Report of the Indian Hemp Drugs Commission, 1894-1895 - Volume VII
Year: 1894
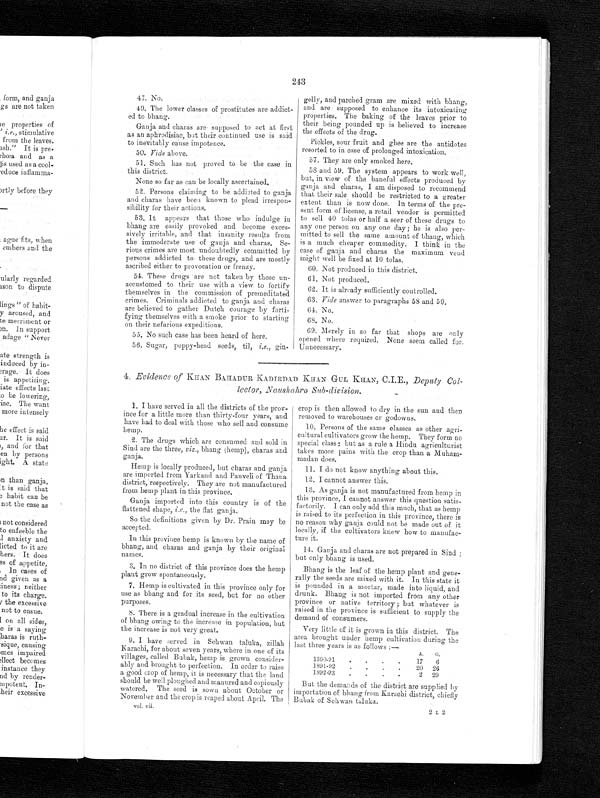
243
47. No.
49, The lower classes of prostitutes are addict-
ed to bhang.
Ganja and charas are supposed to act at first
as an aphrodisiac, but their continued Use is said
to inevitably cause impotence.
50. Vide above.
51. Such has not proved to be the case in
this district.
None so far as can be locally ascertained.
52. Persons claiming to be addicted to ganja
and charas have been known to plead. irrespon-
sibility for their actions.
53. It appears that those who indulge in
bhang are easily provoked and become exces-
sively irritable, and that insanity results from
the immoderate use of ganja and charas. Se-
rious crimes are most undoubtedly committed by
persons addicted to. these drugs, and are mostly
ascribed either to provocation or frenzy.
54. These drugs are not taken by those un-
accustomed to their use with a view. to fortify
themselves in the commission of premeditated
crimes. Criminals addicted to ganja and chorus
are believed to gather Dutch courage by forti-
fying themselves with a smoke prior to starting
on their nefarious expeditions.
55. No such case has been heard of here.
56. Sugar, poppy-head seeds, til, i.e., gin-
gelly, and parched gram are mixed with bhang,
and are supposed to enhance its intoxicating
properties. The baking of the leaves prior to
their being pounded up is believed to. increase
the.effects of the drug.
Pickles, sour fruit and ghee are the antidotes
resorted to in case of prolonged intoxication.
52. They are only smoked here.
58 and 59. The system appears to work well,
but, in view of the baneful effects produced by
ganja and charas, I am disposed to recommend
that their sale should be restricted to a greater
extent than is now done. In terms of the pre-
sent form of license, a retail vendor is permitted
to sell 40 tolas or half a seer of these drugs to
any one person on any one day ; he is also per-
mitted to sell the same amount of bhang, which
is a much cheaper commodity. I think in the
case of ganja and charas the maximum vend
might well be fixed at 10 tolas.
60. Not produced in this district.
61. Not produced.
62. It is already sufficiently controlled.
63. Vide answer to paragraphs 58 and 59.
64. No.
68. No.
69. Merely iu so far that shops are only
opened where required. None seem called for.
Unnecessary.
4. Evidence of KHAN BAHADUR KADIRDAD KHAN GUL KHAN, C.I.E., Deputy Col-
lector, Naushahro Sub-division.
1. I have served in all the districts of the prov-
ince for a little more than thirty-four years, and
have had to deal with those who sell and consume
hemp.
2. The drugs which are consumed and sold in
Sind are the three, viz., bhang (hemp), charas and
ganja.
Hemp is locally produced, but charas and ganja
are imported from Yarkand and Panveli of Thana
district, respectively. They are not manufactured
from hemp plant in this province.
Ganja imported into this country is of the
flattened shape, i.e., the flat ganja.
So the definitions given by Dr. Praia may be
accepted.
In this province hemp is known by the name of
bhang, and charas and ganja by their original
names.
3. In no district of this province does the hemp
plant grow spontaneously.
7. Hemp is cultivated in this province only for
use as bhang and for its seed, but for no other
purposes.
8. There is a gradual increase in the cultivation
of bhang owing to the increase in population, but
the increase is not very great.
9. I have served in Sehwan taluka, zillah
K arachi, for about seven years, where in one of its
villages, called Bubak, hemp is grown consider-
ably and brought to perfection. In order to raise
a good crop of hemp, it is necessary that the land
should be well ploughed and manured and copiously
watered. The seed is sown about October or
November and the crop is. reaped about April. The
vol. vii.
crop is then allowed to dry in the sun and then
removed to warehouses or godowns.
10. Persons of the same classes as other agri-
cultural cultivators grow the hemp. They form no
special class : but as a rule a Hindu agriculturist
takes more pains with the crop than a Muham-
madan does.
11. I do not know anything about this.
12. I cannot answer this.
13. As ganja is not manufactured from hemp in
this province, I cannot answer this question satis-
factorily. I can only add this much, that as hemp
is raised to its perfection in this province, there is
no reason why ganja could not be made out of it
locally, if the cultivators knew how to manufac-
ture it.
14. Ganja and charas are not prepared in Sind
but only bhang is used.
Bhang is the leaf of the hemp plant and gene-
rally the seeds are mixed with it. In this state it
is pounded in a mortar, made into liquid, and
drunk. Bbang is not imported from any other
province or native territory ; but whatever is
raised in the province is sufficient to supply the
demand of consumers.
Very little of it is grown in this district. The
area brought under hemp cultivation during the
last three years is as follows :—
A.
G.
1890-91
.
.
.
.
17
6
7891-92
.
.
.
.
20
26
1892-93
. . . .
2 29
But the demands of the district are supplied by
importation of bhang from Karachi district, chiefly
Bubak of Sehwan taluka.
2 L 2